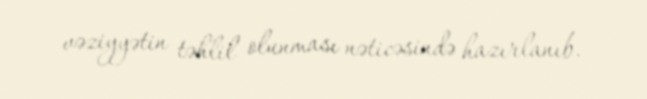
vəziyyətin təhlil olunması nəticəsində hazırlanıb.